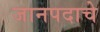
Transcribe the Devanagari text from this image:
जानपदाचे